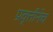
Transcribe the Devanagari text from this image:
प्रवृत्तीनेच